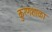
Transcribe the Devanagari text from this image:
कुरणशाळा